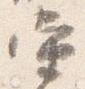
当